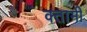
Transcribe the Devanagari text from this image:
क्तामी